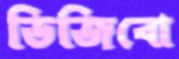
ডিজিবো